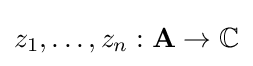
z_{1},\dots ,z_{n}:\mathbf {A} \to \mathbb {C}